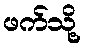
ဖက်သို့